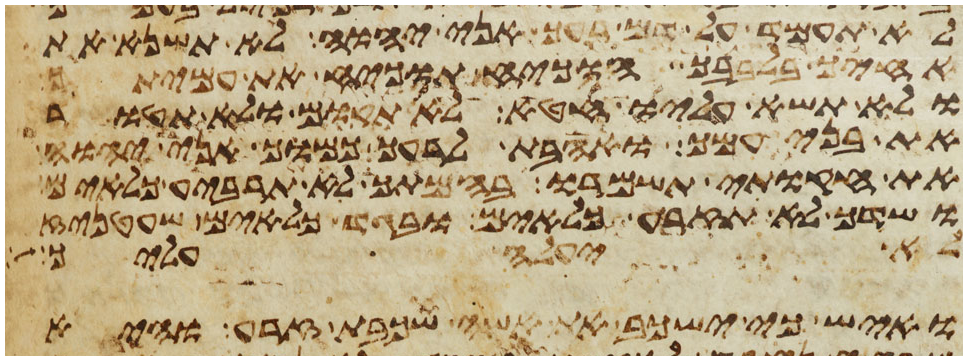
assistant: ולא תעמד על דם רעך אני יהוה לא תשנא את
אחיך בלבבך הוכיח תוכיח את עמיתך
ולא תשא עליו חטא לא תקום ולא תהטר
את בני עמך ואהבת לרעך כמוך אני יהוה
את חקותי תשמרו בהמתך לא תרביע כלאים
ושדך לא תזרע כלאים ובגד כלאים שעטניז
לא יעלה עליך
ואיש כי ישכב את אשה שכבת זרע והיא